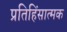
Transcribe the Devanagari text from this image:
प्रतिहिंसात्मक